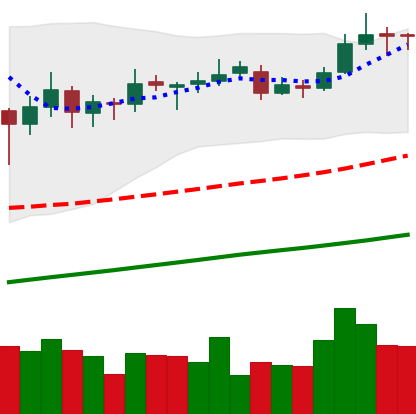
Ticker: ETC-USD
Chart end date: 2019-06-25
Forward return: -16.498%
Label: down_7plus